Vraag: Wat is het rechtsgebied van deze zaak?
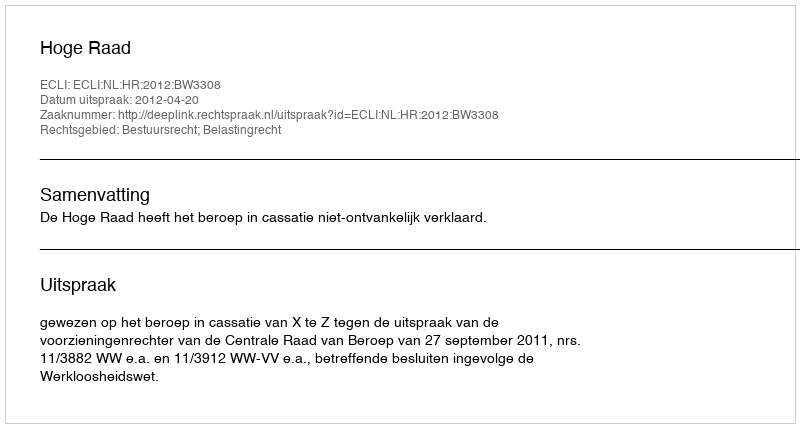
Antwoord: Bestuursrecht; Belastingrecht